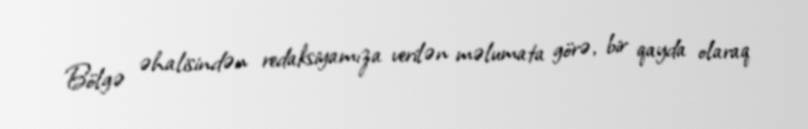
Bölgə əhalisindən redaksiyamıza verilən məlumata görə, bir qayda olaraq